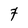
Character: 7